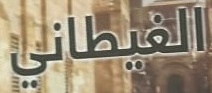
الغيطاني